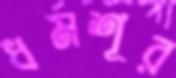
ধর্মশূর